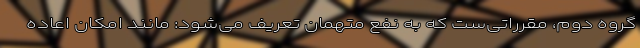
گروه دوم، مقرراتی‌ست که به نفع متهمان تعریف می‌شود: مانند امکان اعاده